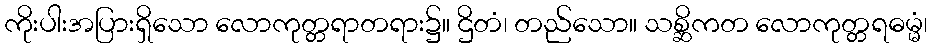
ကိုးပါးအပြားရှိသော လောကုတ္တရာတရား၌။ ဌိတံ၊ တည်သော။ သစ္ဆိကတ လောကုတ္တရဓမ္မံ၊